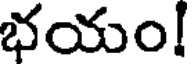
భయం!